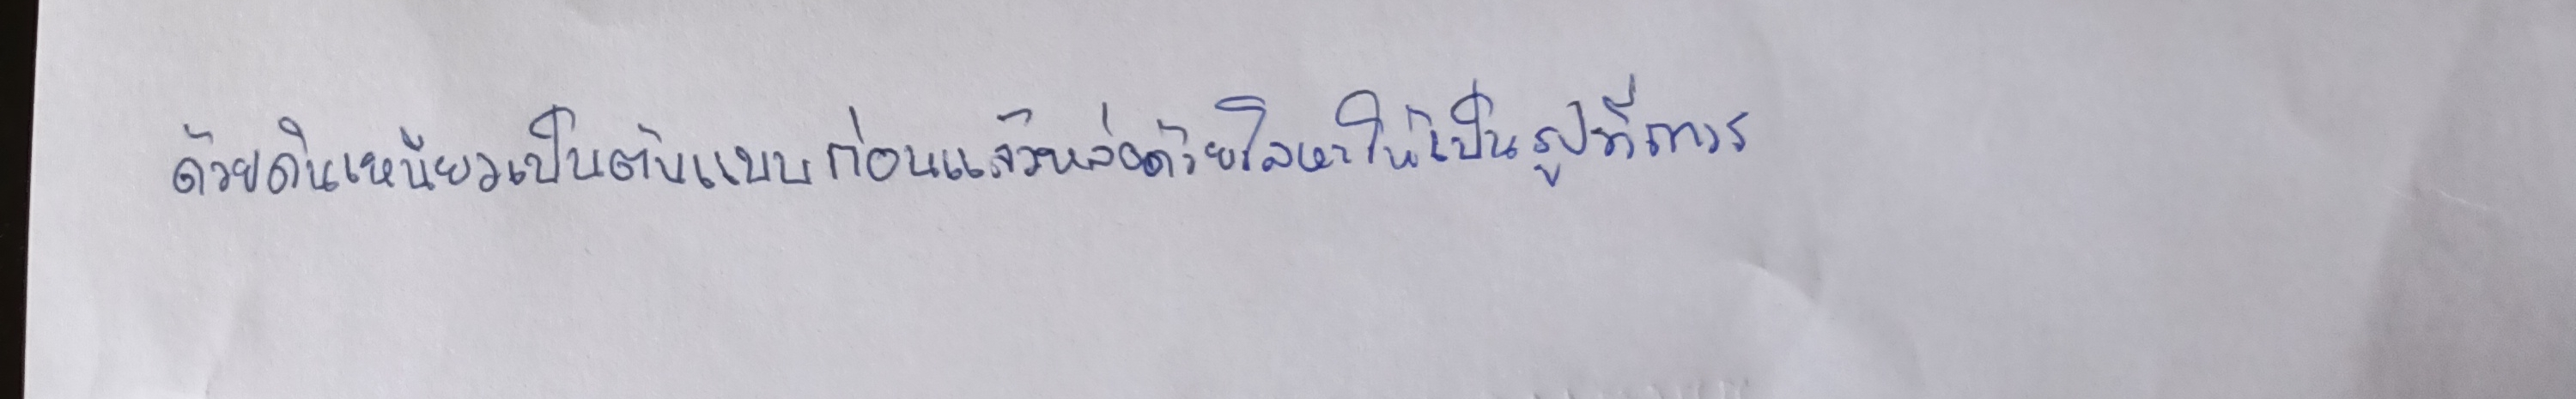
ด้วยดินเหนียวเป็นต้นแบบก่อนแล้วหล่อด้วยโลหะให้เป็นรูปที่ถาวร